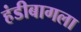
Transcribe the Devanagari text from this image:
हंडीबागला